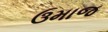
ઉમાજ